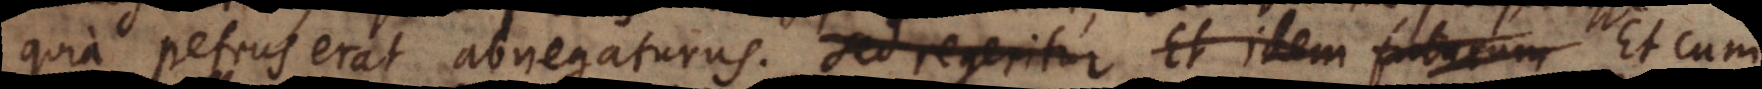
quia Petrus erat abnegaturus. Sed regeritur Et idem futurum Et cum